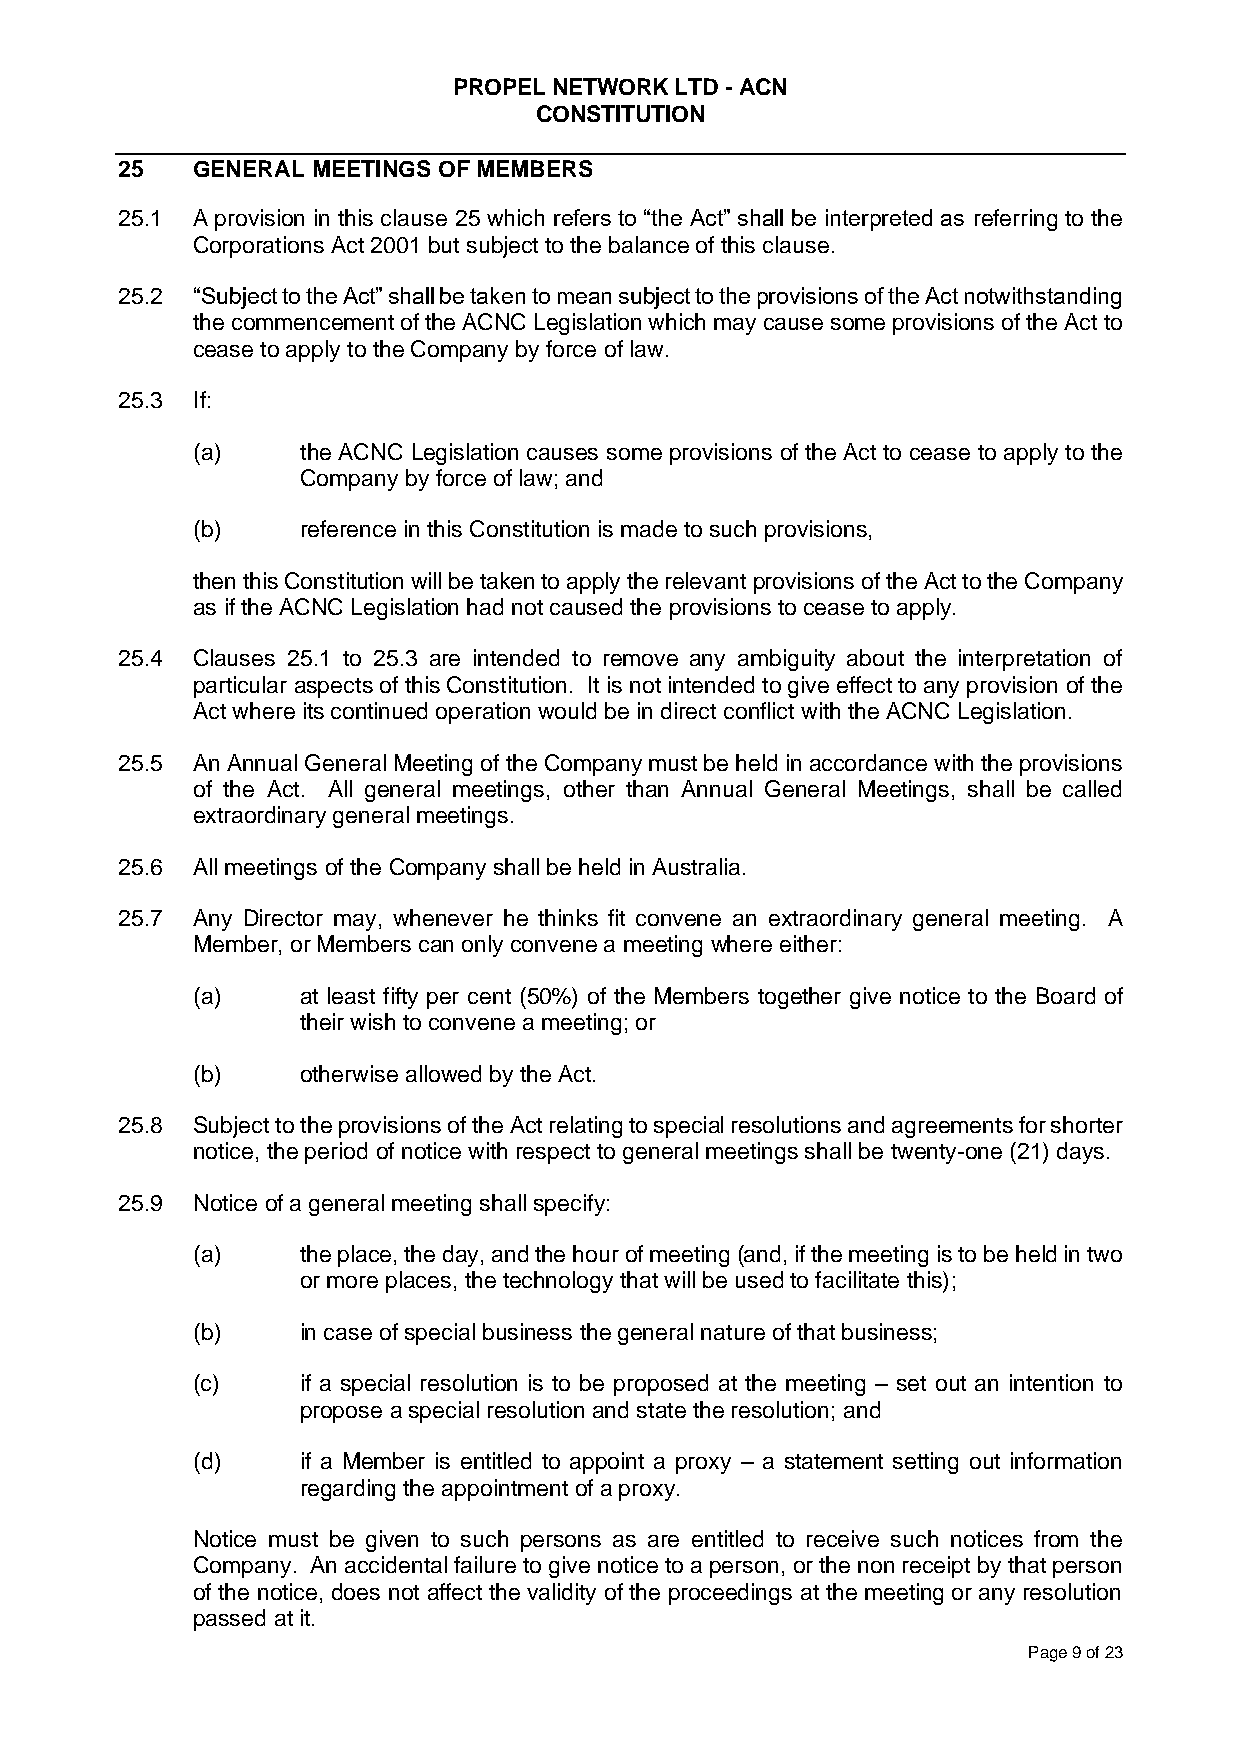
PROPEL NETWORK LTD - ACN
 CONSTITUTION
 25   GENERAL MEETINGS OF MEMBERS
 25.1 A provision in this clause 25 which refers to “the Act” shall be interpreted as referring to the
 Corporations Act 2001 but subject to the balance of this clause.
 25.2 “Subject to the Act” shall be taken to mean subject to the provisions of the Act notwithstanding
 the commencement of the ACNC Legislation which may cause some provisions of the Act to
 cease to apply to the Company by force of law.
 25.3 If:
 (a)    the ACNC Legislation causes some provisions of the Act to cease to apply to the
 Company by force of law; and
 (b)    reference in this Constitution is made to such provisions,
 then this Constitution will be taken to apply the relevant provisions of the Act to the Company
 as if the ACNC Legislation had not caused the provisions to cease to apply.
 25.4 Clauses 25.1 to 25.3 are intended to remove any ambiguity about the interpretation of
 particular aspects of this Constitution. It is not intended to give effect to any provision of the
 Act where its continued operation would be in direct conflict with the ACNC Legislation.
 25.5 An Annual General Meeting of the Company must be held in accordance with the provisions
 of the Act. All general meetings, other than Annual General Meetings, shall be called
 extraordinary general meetings.
 25.6 All meetings of the Company shall be held in Australia.
 25.7 Any Director may, whenever he thinks fit convene an extraordinary general meeting. A
 Member, or Members can only convene a meeting where either:
 (a)    at least fifty per cent (50%) of the Members together give notice to the Board of
 their wish to convene a meeting; or
 (b)    otherwise allowed by the Act.
 25.8 Subject to the provisions of the Act relating to special resolutions and agreements for shorter
 notice, the period of notice with respect to general meetings shall be twenty-one (21) days.
 25.9 Notice of a general meeting shall specify:
 (a)    the place, the day, and the hour of meeting (and, if the meeting is to be held in two
 or more places, the technology that will be used to facilitate this);
 (b)    in case of special business the general nature of that business;
 (c)    if a special resolution is to be proposed at the meeting – set out an intention to
 propose a special resolution and state the resolution; and
 (d)    if a Member is entitled to appoint a proxy – a statement setting out information
 regarding the appointment of a proxy.
 Notice must be given to such persons as are entitled to receive such notices from the
 Company. An accidental failure to give notice to a person, or the non receipt by that person
 of the notice, does not affect the validity of the proceedings at the meeting or any resolution
 passed at it.
 Page 9 of 23